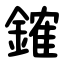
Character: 䥃